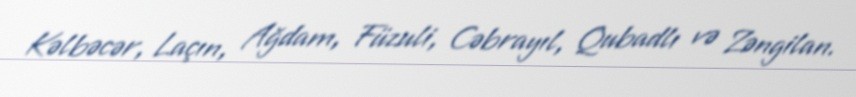
Kəlbəcər, Laçın, Ağdam, Füzuli, Cəbrayıl, Qubadlı və Zəngilan.